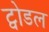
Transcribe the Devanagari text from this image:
ट्वोडल